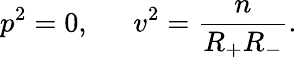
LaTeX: p^{2}=0,\, \, \, \quad v^{2}=\frac n{R_{+}R_{-}}.